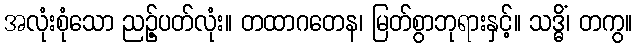
အလုံးစုံသော ညဉ့်ပတ်လုံး။ တထာဂတေန၊ မြတ်စွာဘုရားနှင့်။ သဒ္ဓိံ၊ တကွ။